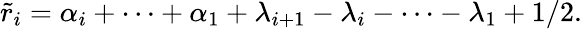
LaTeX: \tilde{r}_{i}=\alpha_{i}+\cdots+\alpha_{1}+\lambda_{i+1}-\lambda_{i}-\cdots-\lambda_{1}+1/2.